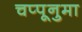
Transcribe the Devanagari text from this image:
चप्पूनुमा